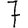
Digit: 7